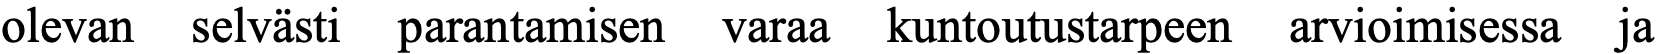
olevan selvästi parantamisen varaa kuntoutustarpeen arvioimisessa ja